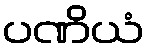
ပဏိယံ